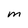
Character: m